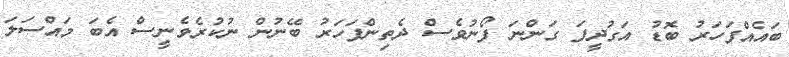
ބައެއްފަހަރު ބޮޑު އަގުދީފަ ގަންނަ ފޯނުވެސް ދެތިންފަހަރު ބޭނުން ނުކުރެވެނީސް އެބަ މައްސަލަ